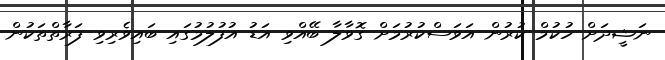
ނަޝީދަށް ހުކުމް ކުރުން އަވަސްކުރުމަށް ގޮވާލާ ބޭއްވި އަޑު އުފުލުމުގައި ބައިވެރިވި ފަރާތްތަކުން